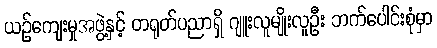
ယဉ်ကျေးမှုအဖွဲ့နှင့် တရုတ်ပညာရှိ ဂျူးလူမျိုးလူဦး ဘက်ပေါင်းစုံမှာ